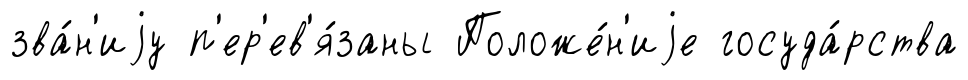
зва́н'иjу п'ер'ев'я́заны Положе́н'иjе госуда́рства